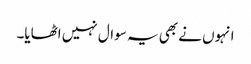
انہوں نے بھی یہ سوال نہیں اٹھایا۔